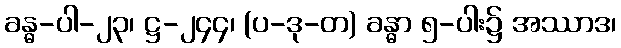
ခန္ဓ-ပါ-၂၃၊ ဋ္ဌ-၂၄၄၊ (ပ-ဒု-တ) ခန္ဓာ ၅-ပါး၌ အဿာဒ၊